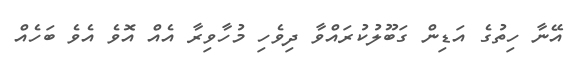
އޭނާ ހިތުގެ އަޑިން ގަބޫލުކުރައްވާ ދިވެހި މުހާވިރާ އެއް އޮވެ އެވެ ބަހެއް